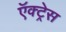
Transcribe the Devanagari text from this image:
ऍक्ट्रेस